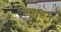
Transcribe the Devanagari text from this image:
सक्श्यम